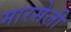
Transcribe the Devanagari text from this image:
मारसेली